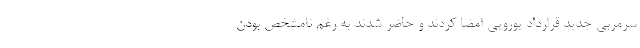
سرمربی جدید قرارداد یورویی امضا کردند و حاضر شدند به رغم نامشخص بودن